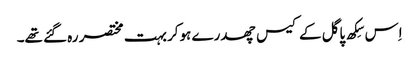
اِس سِکھ پاگل کے کیس چھدرے ہوکر بہت مختصر رہ گئے تھے۔